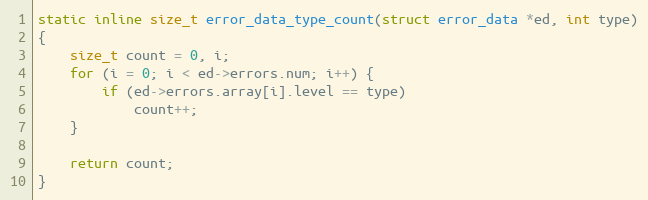
Language: C
static inline size_t error_data_type_count(struct error_data *ed, int type)
{
	size_t count = 0, i;
	for (i = 0; i < ed->errors.num; i++) {
		if (ed->errors.array[i].level == type)
			count++;
	}

	return count;
}